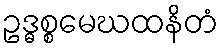
ဥဒ္ဓစ္စမေဃထနိတံ